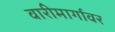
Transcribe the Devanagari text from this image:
वारीमार्गावर